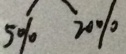
5 \% 2 0 \%